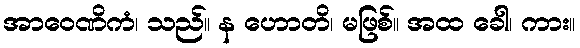
အာဝေဏိကံ၊ သည်။ န ဟောတိ၊ မဖြစ်။ အထ ခေါ၊ ကား။